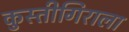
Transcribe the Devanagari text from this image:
कुस्तीगिराला